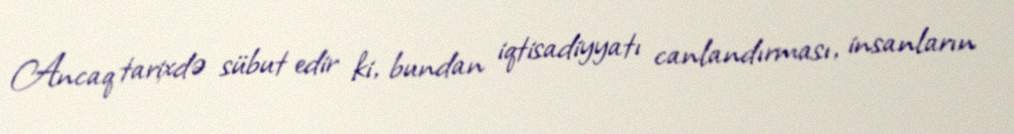
Ancaq tarixdə sübut edir ki, bundan iqtisadiyyatı canlandırması, insanların